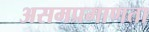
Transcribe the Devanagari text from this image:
असमप्रमाणता